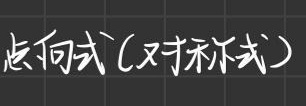
点向式(又称对称式)